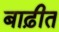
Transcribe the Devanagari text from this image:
बाढ़ीत